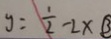
y = \frac { 1 } { 2 } - 2 x \textcircled { 3 }